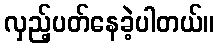
လှည့်ပတ်နေခဲ့ပါတယ်။